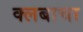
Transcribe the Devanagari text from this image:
क्लबाचा